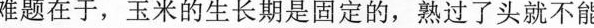
难题在于，玉米的生长期是固定的，熟透了头就不能